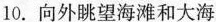
10.向外眺望海滩和大海